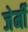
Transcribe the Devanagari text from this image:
जेर्मी